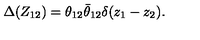
\Delta ( Z _ { 1 2 } ) = \theta _ { 1 2 } { \bar { \theta } } _ { 1 2 } \delta ( z _ { 1 } - z _ { 2 } ) .